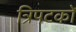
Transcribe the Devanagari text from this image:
त्रिपटकों